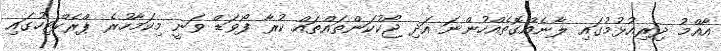
އާއްމު ދިރިއުޅުމުގައި ލާނެއްގޮތެއްހުންނަ އަދި ޖޯކުކަންތައްތައް ކުރާ ފޯވަޑް ވަނީ މިކަމާހުރެ ޕްރެކްޓިހުގައި